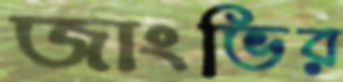
জাংভির